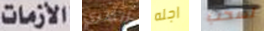
الأزمات أنظري اجله لسحب